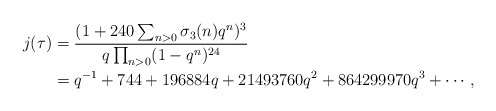
\begin{align*}j(\tau)&=\frac{(1+240\sum_{n>0}\sigma_3(n)q^n)^3}{q\prod_{n>0}(1-q^n)^{24}}\\&=q^{-1}+744+196884q+21493760q^2+864299970 q^3+\cdots,\end{align*}